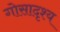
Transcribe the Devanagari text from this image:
गोसादृश्य